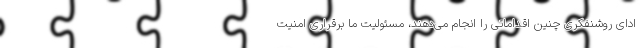
ادای روشنفکری چنین اقداماتی را انجام می‌دهند، مسئولیت ما برقراری امنیت